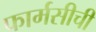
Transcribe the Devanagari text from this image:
फार्मसीची